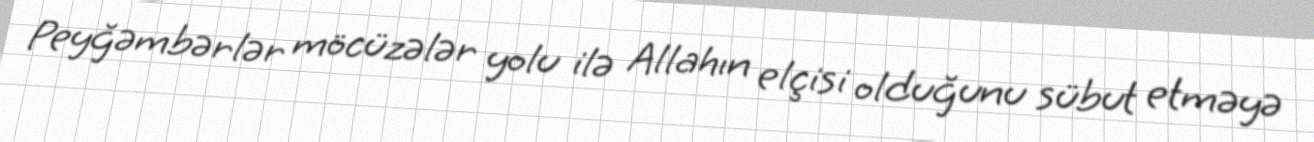
Peyğəmbərlər möcüzələr yolu ilə Allahın elçisi olduğunu sübut etməyə